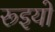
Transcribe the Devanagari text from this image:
रूइयो